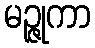
မဉ္ဇုကာ